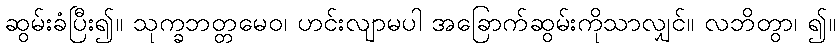
ဆွမ်းခံပြီး၍။ သုက္ခဘတ္တမေဝ၊ ဟင်းလျာမပါ အခြောက်ဆွမ်းကိုသာလျှင်။ လဘိတွာ၊ ၍။